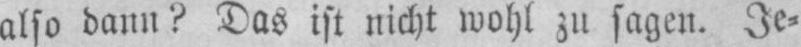
also dann? Das ist nicht wohl zu sagen. Je⸗